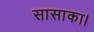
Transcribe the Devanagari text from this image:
सासाका।